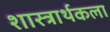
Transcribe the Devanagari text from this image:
शास्त्रार्थकला